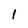
Character: 1